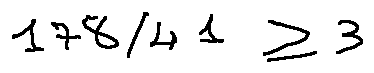
1 7 8 / 4 1 \geq 3